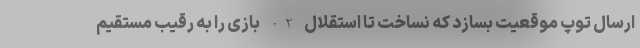
ارسال توپ موقعیت بسازد که نساخت تا استقلال 2-0 بازی را به رقیب مستقیم